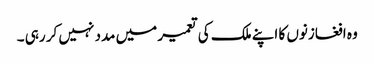
وہ افغازنوں کا اپنے ملک کی تعمیر میں مدد نہیں کر رہی ۔